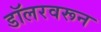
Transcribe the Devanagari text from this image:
डॉलरवरून